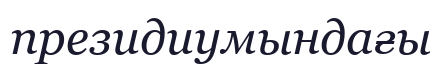
президиумындағы